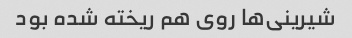
شیرینی‌ها روی هم ریخته شده بود